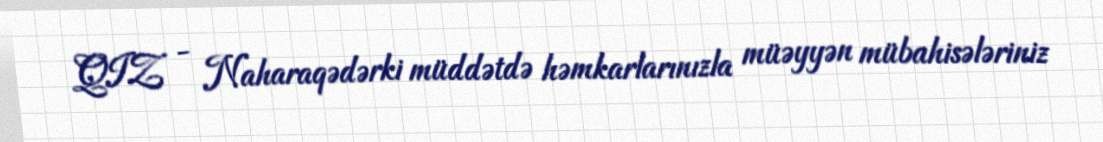
QIZ - Naharaqədərki müddətdə həmkarlarınızla müəyyən mübahisələriniz